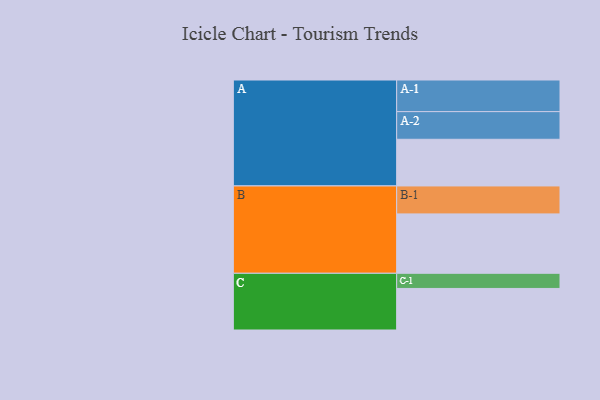
{"axis": {"x": "Segment", "y": "Value"}, "legend": ["", "A", "B", "C"], "data": [{"x": "A", "y": 419, "type": ""}, {"x": "B", "y": 533, "type": ""}, {"x": "C", "y": 373, "type": ""}, {"x": "A-1", "y": 284, "type": "A"}, {"x": "A-2", "y": 248, "type": "A"}, {"x": "B-1", "y": 251, "type": "B"}, {"x": "C-1", "y": 136, "type": "C"}]}